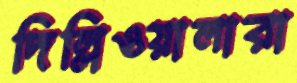
দিল্লিওয়ালারা